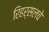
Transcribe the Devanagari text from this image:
रिहर्सलचे